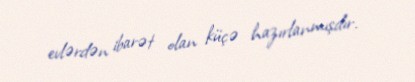
evlərdən ibarət olan küçə hazırlanmışdır.